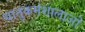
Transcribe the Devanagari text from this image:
धातुकर्मशालाओं